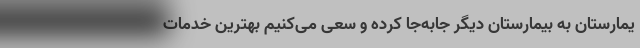
یمارستان به بیمارستان دیگر جابه‌جا کرده و سعی می‌کنیم بهترین خدمات